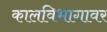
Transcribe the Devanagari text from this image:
कालविभागावर